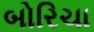
બોરિચા